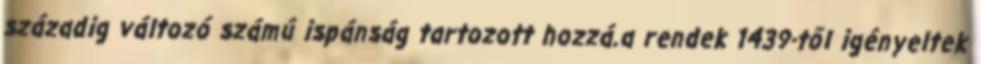
századig változó számú ispánság tartozott hozzá.a rendek 1439-től igényeltek